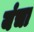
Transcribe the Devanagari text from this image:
यंचा